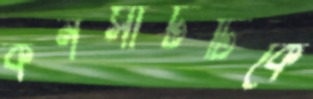
কনসার্টটিকে